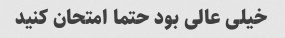
خیلی عالی بود حتما امتحان کنید